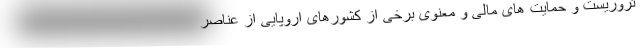
تروریست و حمایت های مالی و معنوی برخی از کشورهای اروپایی از عناصر